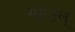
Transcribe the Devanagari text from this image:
स्प्रोउल्